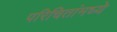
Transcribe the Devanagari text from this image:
परिचितांमध्ये